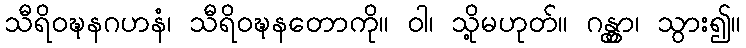
သီရိဝဍ္ဎနဂဟနံ၊ သီရိဝဍ္ဎနတောကို။ ဝါ၊ သို့မဟုတ်။ ဂန္တွာ၊ သွား၍။